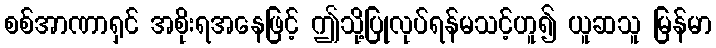
စစ်အာဏာရှင် အစိုးရအနေဖြင့် ဤသို့ပြုလုပ်ရန်မသင့်ဟူ၍ ယူဆသူ မြန်မာ